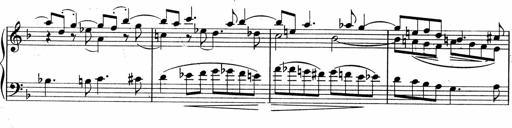
Title: Sonatina No.5
Composer: Otto Stoll
Key: F-sharp minor